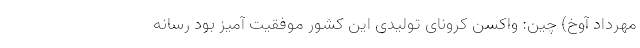
مهرداد آوخ) چین: واکسن کرونای تولیدی این کشور موفقیت آمیز بود رسانه